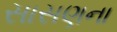
સાસણના